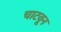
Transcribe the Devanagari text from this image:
चाटवून